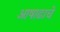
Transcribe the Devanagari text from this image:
आषाढाचे